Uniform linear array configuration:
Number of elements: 48
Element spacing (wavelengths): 0.75
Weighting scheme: exponential
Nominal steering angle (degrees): -60
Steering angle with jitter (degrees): -61.891
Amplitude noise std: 0.05
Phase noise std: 0.05

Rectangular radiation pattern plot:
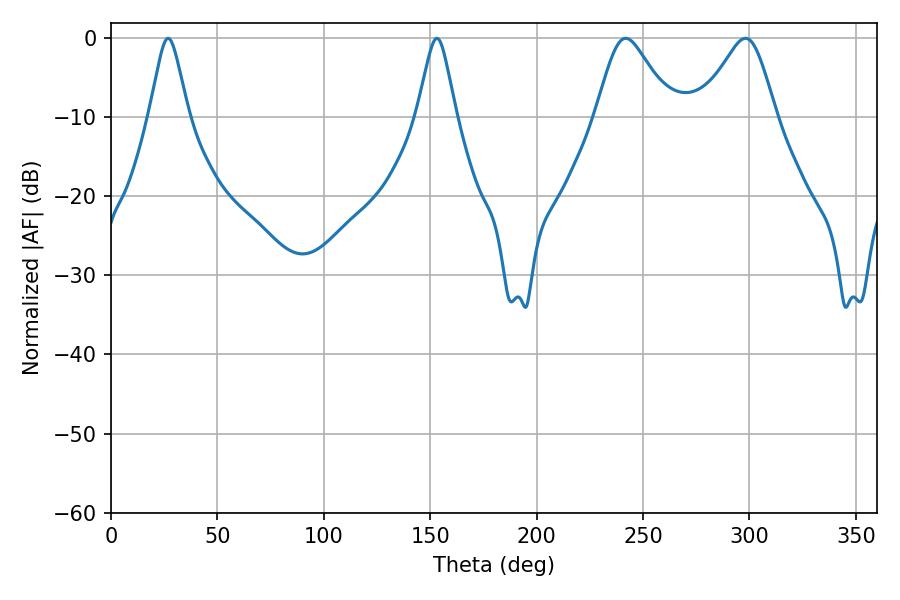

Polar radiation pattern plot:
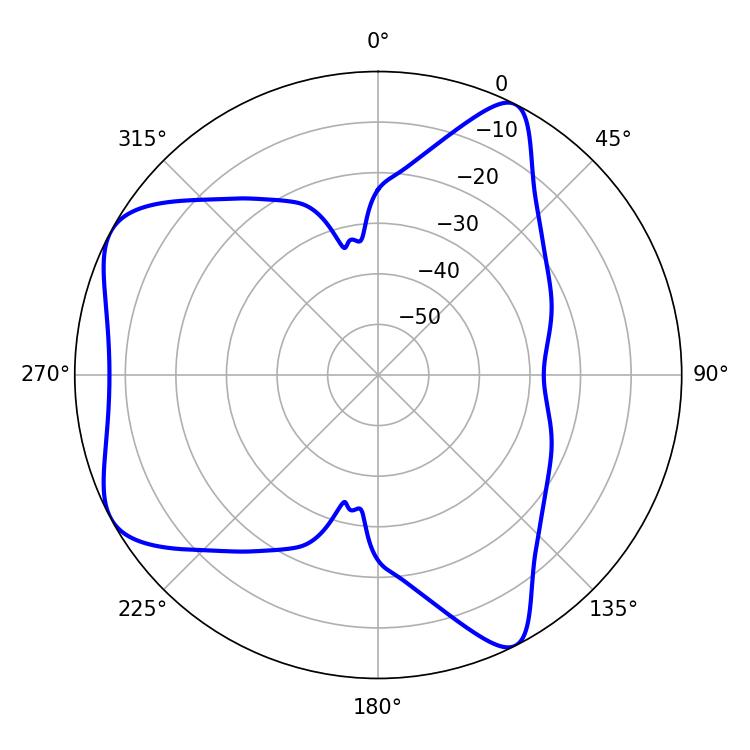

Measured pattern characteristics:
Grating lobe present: TRUE
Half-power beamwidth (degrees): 8.64
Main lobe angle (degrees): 26.82